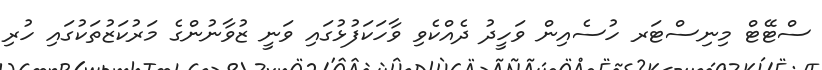
ސްޓޭޓް މިނިސްޓަރ ހުސެއިން ވަހީދު ދެއްކެވި ވާހަކަފުޅުގައި ވަނީ ޒުވާނުންގެ މަރުކަޒުތަކުގައި ހުރި